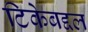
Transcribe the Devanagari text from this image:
टिकेबद्दल